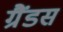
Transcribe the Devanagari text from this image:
ग्रैंडस